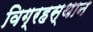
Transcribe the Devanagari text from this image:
विग्रहस्थान